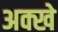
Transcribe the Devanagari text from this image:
अक्खे